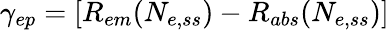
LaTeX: \gamma_{ep}=[R_{em}(N_{e,ss})-R_{abs}(N_{e,ss})]